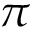
\pi